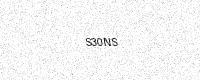
Text: S30NS